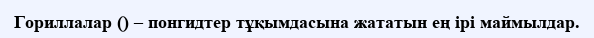
Гориллалар () – понгидтер тұқымдасына жататын ең ірі маймылдар.